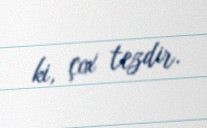
ki, çox tezdir.